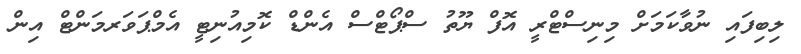
ލިބިފައި ނުވާކަމަށް މިނިސްޓްރީ އޮފް ޔޫތު ސްޕޯޓްސް އެންޑް ކޮމިއުނިޓީ އެމްޕަވަރމަންޓް އިން